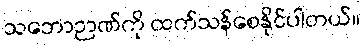
သဘောဉာဏ်ကို ထက်သန်စေနိုင်ပါတယ်။